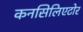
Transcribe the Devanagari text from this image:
कनसिलिएटोर